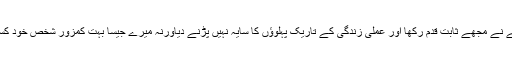
اس پاکیزہ مشغلے نے مجھے ثابت قدم رکھا اور عملی زندگی کے تاریک پہلوؤں کا سایہ نہیں پڑنے دیاورنہ میرے جیسا بہت کمزور شخص خود کسی لائق نہیں تھا۔